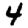
Digit: 4